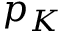
p _ { K }